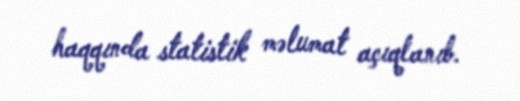
haqqında statistik məlumat açıqlanıb.